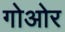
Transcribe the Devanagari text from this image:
गोओर